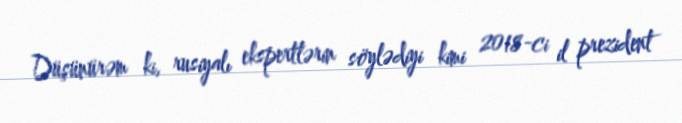
Düşünürəm ki, rusiyalı ekspertlərin söylədiyi kimi 2018-ci il prezident